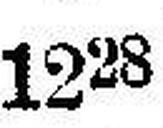
1228